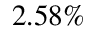
2 . 5 8 \%